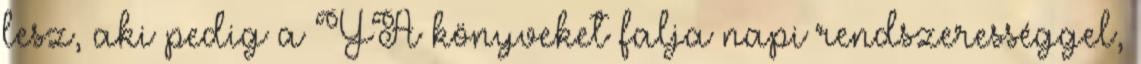
lesz, aki pedig a YA könyveket falja napi rendszerességgel,